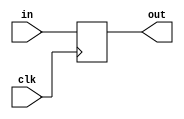
module signal_filter(input clk, input in, output reg out);
	always @(posedge clk) begin
		out <= in;
	end
endmodule